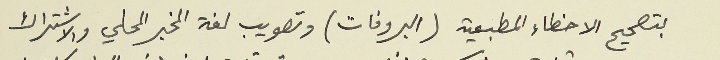
بتصحيح الاخطاء المطبعية (البروفات) وتصويب لغة المخبر المحلي والاشتراك